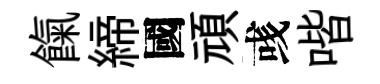
餼締國頑彧喈